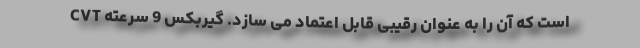
است که آن را به عنوان رقیبی قابل اعتماد می سازد. گیربکس 9 سرعته CVT